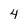
Character: 4